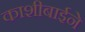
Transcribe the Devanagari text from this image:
काशीबाईने